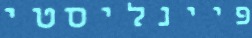
פיינליסטי